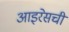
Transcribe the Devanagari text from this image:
आइरेसची